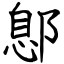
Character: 鄎